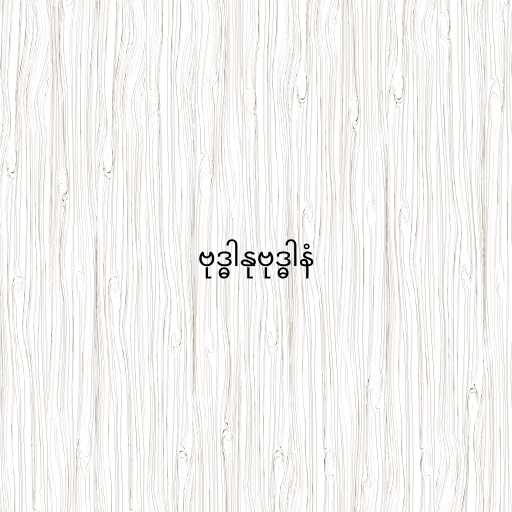
ဗုဒ္ဓါနုဗုဒ္ဓါနံ